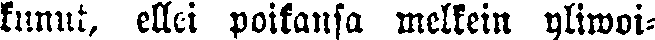
kunut, ellei poikansa melkein yliwoi-